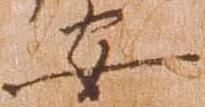
安